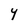
Character: Y